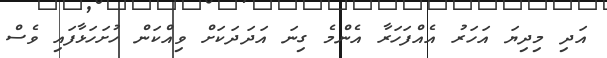
އަދި މިދިޔަ އަހަރު އެއްފަހަރާ އެންމެ ގިނަ އަދަދަކަށް ވިއްކަން ހުށަހަޅާފައި ވެސް